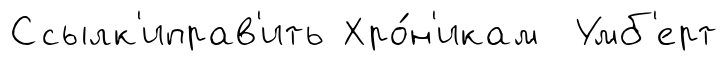
Ссылк'иправ'ить Хро́н'икам Умб'ерт